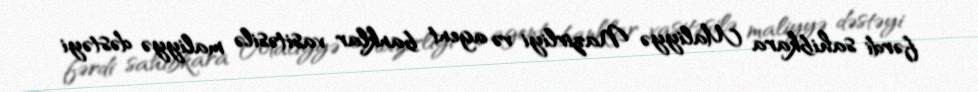
fərdi sahibkara Maliyyə Nazirliyi və agent banklar vasitəsilə maliyyə dəstəyi